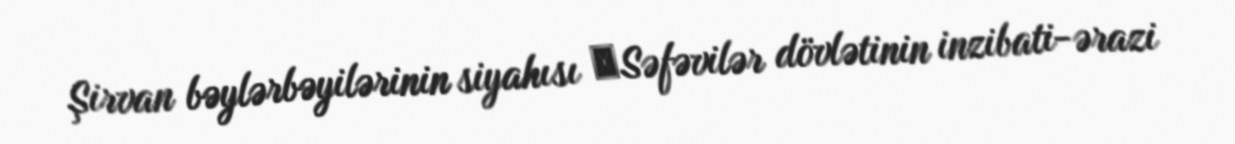
Şirvan bəylərbəyilərinin siyahısı ―Səfəvilər dövlətinin inzibati-ərazi